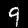
Digit: 9